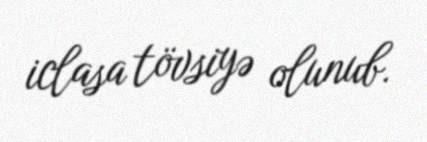
iclasa tövsiyə olunub.